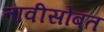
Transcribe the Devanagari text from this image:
तावीसोबत